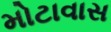
મોટાવાસ